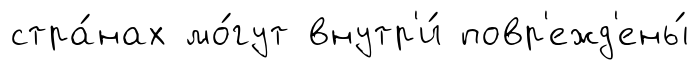
стра́нах мо́гут внутр'и́ повр'ежд'ены́